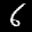
Label: 6